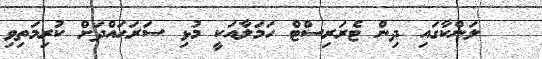
ލަންކާގައި ދިން ޓެރަރިސްޓް ހަމަލާއަކީ މުޅި ސަރަޙައްދަށް ކުރިމަތިވި